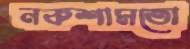
নকশামতো